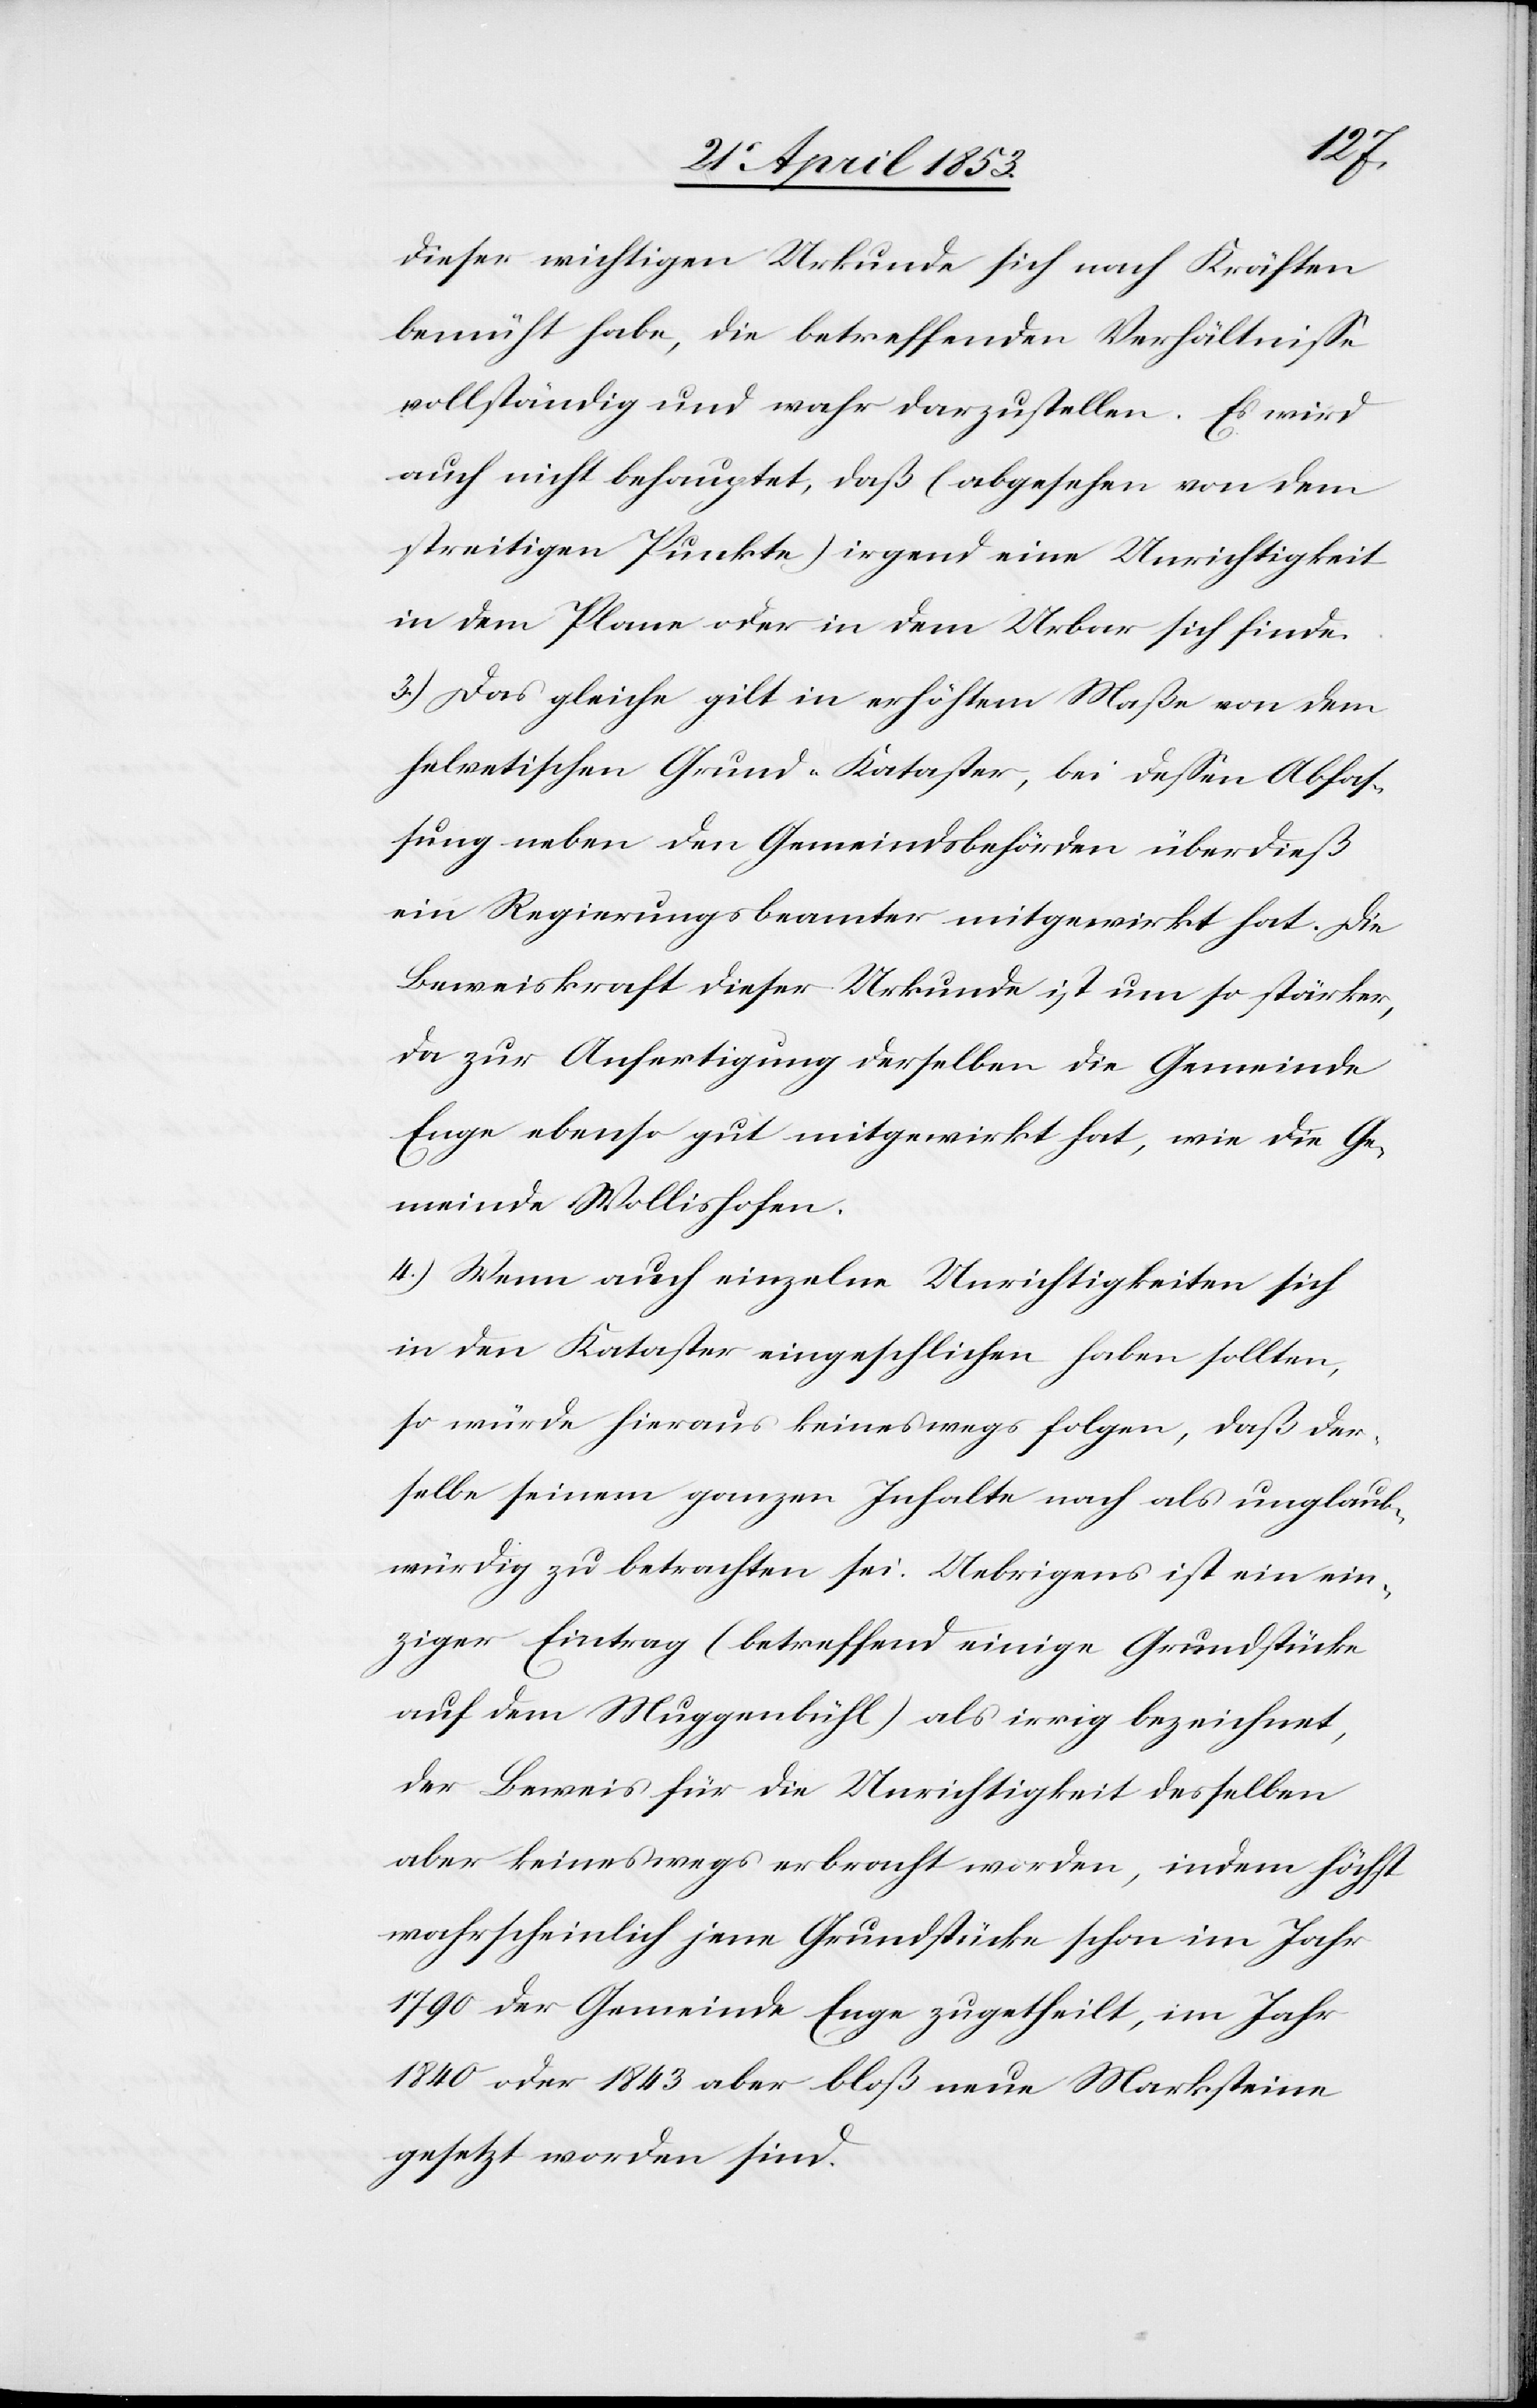
dieser wichtigen Urkunde sich nach Kräften
bemüht habe, die betreffenden Verhältniße
vollständig und wahr darzustellen. Es wird
auch nicht behauptet, daß (abgesehen von dem
streitigen Punkte) irgend eine Unrichtigkeit
in dem Plane oder in dem Urbar sich finde.
3.) Das gleiche gilt in erhöhtem Maße von dem
helvetischen Grund-Kataster, bei deßen Abfas¬
sung neben den Gemeindsbehörden überdieß
ein Regierungsbeamter mitgewirkt hat. Die
Beweiskraft dieser Urkunde ist um so stärker,
da zur Anfertigung derselben die Gemeinde
Enge ebenso gut mitgewirkt hat, wie die Ge¬
meinde Wollishofen.
4.) Wenn auch einzelne Unrichtigkeiten sich
in den Kataster eingeschlichen haben sollten,
so würde hieraus keineswegs folgen, daß der¬
selbe seinem ganzen Inhalte nach als unglaub¬
würdig zu betrachten sei. Uebrigens ist ein ein¬
ziger Eintrag (betreffend einige Grundstücke
auf dem Muggenbühl) als irrig bezeichnet,
der Beweis für die Unrichtigkeit desselben
aber keineswegs erbracht worden, indem höchst
wahrscheinlich jene Grundstücke schon im Jahr
1790 der Gemeinde Enge zugetheilt, im Jahr
1840 oder 1843 aber bloß neue Marksteine
gesetzt worden sind.